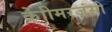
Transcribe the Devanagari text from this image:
केाीमरजंसी